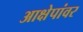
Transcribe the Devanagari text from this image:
आक्षेपांवर